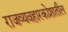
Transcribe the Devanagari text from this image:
राजव्यवहारकोशातील